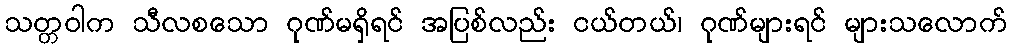
သတ္တဝါက သီလစသော ဂုဏ်မရှိရင် အပြစ်လည်း ငယ်တယ်၊ ဂုဏ်များရင် များသလောက်